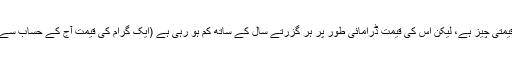
ہرچند ضد مادّہ زمین پر سب سے زیادہ قیمتی چیز ہے، لیکن اس کی قیمت ڈرامائی طور پر ہر گزرتے سال کے ساتھ کم ہو رہی ہے (ایک گرام کی قیمت آج کے حساب سے چھ کروڑ پچیس لاکھ کھرب ڈالر ہے )۔